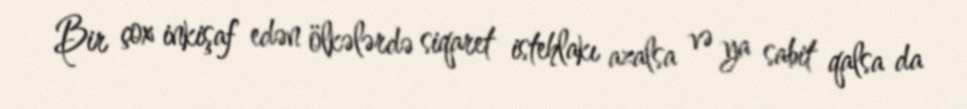
Bir çox inkişaf edən ölkələrdə siqaret istehlakı azalsa və ya sabit qalsa da